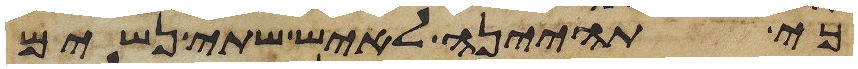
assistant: כי תהיינה לאיש שתי נשים